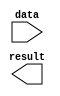
// megafunction wizard: %LPM_INV%VBB%
// GENERATION: STANDARD
// VERSION: WM1.0
// MODULE: lpm_inv 

// ============================================================
// Megafunction Name(s):
// 			lpm_inv
//
// Simulation Library Files(s):
// 			lpm
// ============================================================
// ************************************************************
// THIS IS A WIZARD-GENERATED FILE. DO NOT EDIT THIS FILE!
//
// 7.2 Build 151 09/26/2007 SJ Web Edition
// ************************************************************

//Copyright (C) 1991-2007 Altera Corporation
//Your use of Altera Corporation's design tools, logic functions 
//and other software and tools, and its AMPP partner logic 
//functions, and any output files from any of the foregoing 
//(including device programming or simulation files), and any 
//associated documentation or information are expressly subject 
//to the terms and conditions of the Altera Program License 
//Subscription Agreement, Altera MegaCore Function License 
//Agreement, or other applicable license agreement, including, 
//without limitation, that your use is for the sole purpose of 
//programming logic devices manufactured by Altera and sold by 
//Altera or its authorized distributors.  Please refer to the 
//applicable agreement for further details.

module FourteenBitNOT (
	data,
	result);

	input	[13:0]  data;
	output	[13:0]  result;

endmodule

// ============================================================
// CNX file retrieval info
// ============================================================
// Retrieval info: PRIVATE: INTENDED_DEVICE_FAMILY STRING "Cyclone II"
// Retrieval info: PRIVATE: SYNTH_WRAPPER_GEN_POSTFIX STRING "0"
// Retrieval info: PRIVATE: nBit NUMERIC "14"
// Retrieval info: CONSTANT: LPM_TYPE STRING "LPM_INV"
// Retrieval info: CONSTANT: LPM_WIDTH NUMERIC "14"
// Retrieval info: USED_PORT: data 0 0 14 0 INPUT NODEFVAL data[13..0]
// Retrieval info: USED_PORT: result 0 0 14 0 OUTPUT NODEFVAL result[13..0]
// Retrieval info: CONNECT: @data 0 0 14 0 data 0 0 14 0
// Retrieval info: CONNECT: result 0 0 14 0 @result 0 0 14 0
// Retrieval info: LIBRARY: lpm lpm.lpm_components.all
// Retrieval info: GEN_FILE: TYPE_NORMAL FourteenBitNOT.v TRUE
// Retrieval info: GEN_FILE: TYPE_NORMAL FourteenBitNOT.inc FALSE
// Retrieval info: GEN_FILE: TYPE_NORMAL FourteenBitNOT.cmp FALSE
// Retrieval info: GEN_FILE: TYPE_NORMAL FourteenBitNOT.bsf TRUE FALSE
// Retrieval info: GEN_FILE: TYPE_NORMAL FourteenBitNOT_inst.v FALSE
// Retrieval info: GEN_FILE: TYPE_NORMAL FourteenBitNOT_bb.v TRUE
// Retrieval info: LIB_FILE: lpm